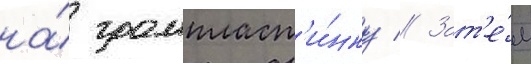
на́ грампласт'и́нку // Зат'е́м